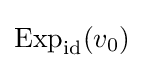
\mathrm {Exp} _{\mathrm {id} }(v_{0})